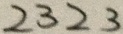
2 3 2 3